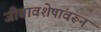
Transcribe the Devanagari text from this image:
जीवावशेषांवरून